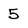
Character: 5